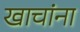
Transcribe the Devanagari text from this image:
खाचांना